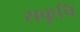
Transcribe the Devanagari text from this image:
सकुचि